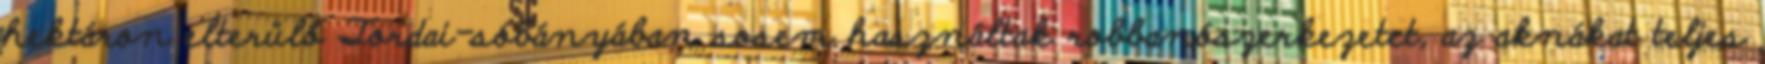
hektáron elterülő Tordai-sóbányában sosem használtak robbanószerkezetet, az aknákat teljes